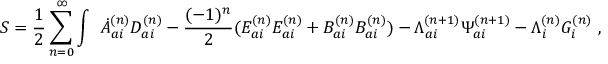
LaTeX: S = \frac { 1 } { 2 } \sum _ { n = 0 } ^ { \infty } \int \ \dot { A } _ { a i } ^ { ( n ) } D _ { a i } ^ { ( n ) } - \frac { ( - 1 ) ^ { n } } { 2 } ( E _ { a i } ^ { ( n ) } E _ { a i } ^ { ( n ) } + B _ { a i } ^ { ( n ) } B _ { a i } ^ { ( n ) } ) - { \Lambda } _ { a i } ^ { ( n + 1 ) } { \Psi } _ { a i } ^ { ( n + 1 ) } - { \Lambda } _ { i } ^ { ( n ) } { \cal G } _ { i } ^ { ( n ) } \ ,